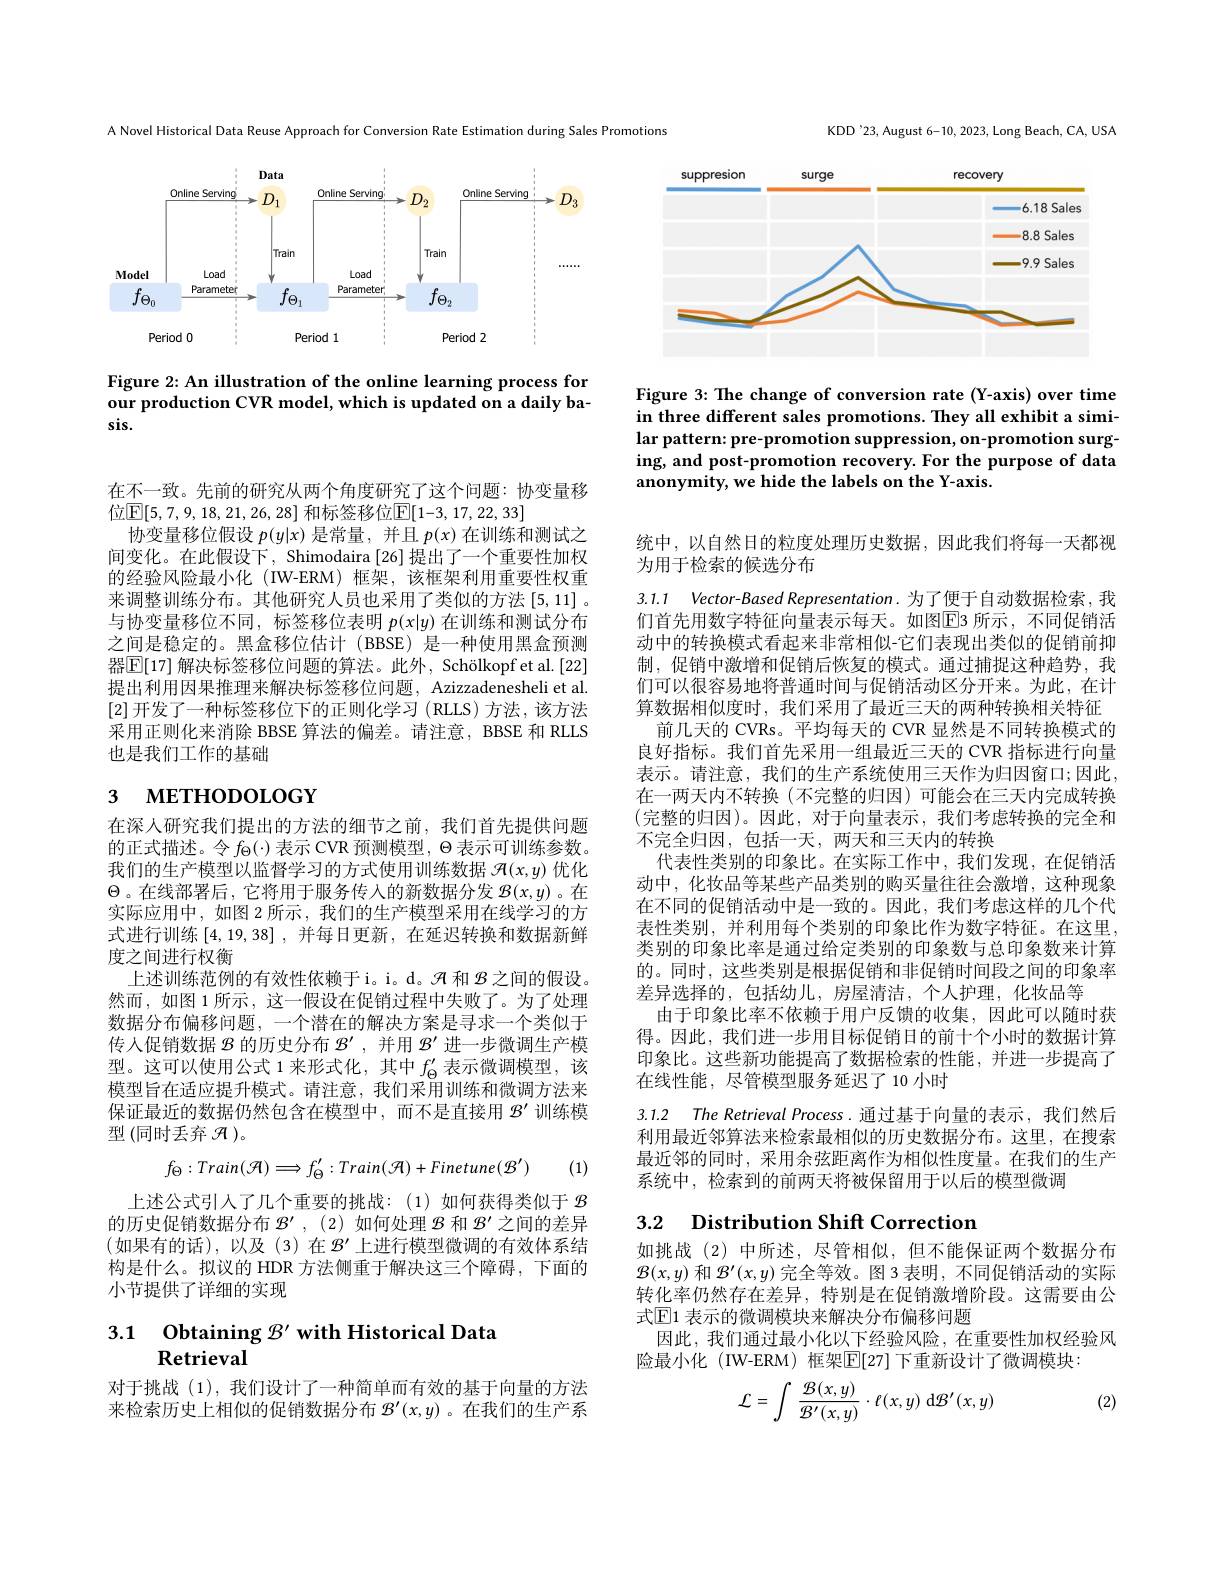
A Novel Historical Data Reuse Approach for Conversion Rate Estimation during Sales Promotions

<FigureHere>

Figure 2: An illustration of the online learning process for our production CVR model, which is updated on a daily basis.

在不一致。先前的研究从两个角度研究了这个问题：协变量移
位$\boxed{\mathbb{F}}[5,7,9,18,21,26,28]$ 和标签移位$\boxed{\mathbb{E}}[1-3,17,22,33]$
协变量移位假设$p(y|x)$是常量，并且$p(x)$在训练和测试之间变化。在此假设下，Shimodaira [26]提出了一个重要性加权的经验风险最小化 (IW-ERM) 框架，该框架利用重要性权重来调整训练分布。其他研究人员也采用了类似的方法$\left[5,11\right].$ 与协变量移位不同，标签移位表明$p(x|y)$在训练和测试分布之间是稳定的。黑盒移位估计(BBSE)是一种使用黑盒预测器$\boxed{\mathbb{E}[17]\text{ 解决标签移位问题的算法。此外，Schölkopfet al.[22]}}$ 提出利用因果推理来解决标签移位问题，Azizzadenesheli et al. [2]开发了一种标签移位下的正则化学习 (RLLS)方法，该方法采用正则化来消除 BBSE 算法的偏差。请注意，BBSE 和 RLLS 也是我们工作的基础

# 3 мЕТНОроLOGY

在深人研究我们提出的方法的细节之前，我们首先提供问题的正式描述。令$f_\Theta(\cdot)$表示 CVR 预测模型，$\Theta$表示可训练参数。我们的生产模型以监督学习的方式使用训练数据$\mathcal{H}(x,y)$优化$\Theta$。在线部署后，它将用于服务传入的新数据分发$\mathcal{B}(x,y)$ 。在实际应用中，如图 2 所示，我们的生产模型采用在线学习的方式进行训练$\left[4,19,38\right]$,并每日更新，在延迟转换和数据新鲜度之间进行权衡
上述训练范例的有效性依赖于i。i。d。$\mathcal{H}$和$\mathcal{B}$之间的假设。然而，如图 1 所示，这一假设在促销过程中失败了。为了处理数据分布偏移问题，一个潜在的解决方案是寻求一个类似于传人促销数据$\mathcal{B}$的历史分布$\mathcal{B}^\prime$,并用$\mathcal{B}^{\prime}$进一步微调生产模型。这可以使用公式 1 来形式化，其中$f_\Theta^{\prime}$表示微调模型，该模型旨在适应提升模式。请注意，我们采用训练和微调方法来保证最近的数据仍然包含在模型中，而不是直接用$\mathcal{B}^\prime$训练模型 (同时丢弃$\mathcal{H})$。
$$f_{\Theta}:Train(\mathcal{A})\Longrightarrow f_{\Theta}':Train(\mathcal{A})+Finetune(\mathcal{B}')$$
(1)

上述公式引人了几个重要的挑战：(1)如何获得类似于$\mathcal{B}$ 的历史促销数据分布$\mathcal{B}^{\prime},(2)$如何处理$\mathcal{B}$和$\mathcal{B}^{\prime}$之间的差异(如果有的话),以及(3)在$\mathcal{B}^\prime$上进行模型微调的有效体系结构是什么。拟议的 HDR 方法侧重于解决这三个障碍，下面的小节提供了详细的实现

# $\begin{array}{cc}3.1&\textbf{Obtaining B' with Historical Data}\\&\text{Retrieval}\end{array}$

对于挑战(1),我们设计了一种简单而有效的基于向量的方法来检索历史上相似的促销数据分布$\mathcal{B}^\prime(x,y)$ 。在我们的生产系

KDD'23, August 6-10, 2023, Long Beach, CA, USA

<FigureHere>

Figure 3: The change of conversion rate (Y-axis) over time in three different sales promotions. They all exhibit a similar pattern: pre- promotion suppression, on- promotion surging, and post-promotion recovery. For the purpose of data anonymity, we hide the labels on the Y-axis.

统中，以自然日的粒度处理历史数据，因此我们将每一天都视
为用于检索的候选分布

3.1.1 Vector-Based Representation.为了便于自动数据检索，我们首先用数字特征向量表示每天。如图$\boxed{\mathrm{E}}$3 所示，不同促销活动中的转换模式看起来非常相似-它们表现出类似的促销前抑制，促销中激增和促销后恢复的模式。通过捕捉这种趋势，我们可以很容易地将普通时间与促销活动区分开来。为此，在计算数据相似度时，我们采用了最近三天的两种转换相关特征
前几天的 CVRs。平均每天的 CVR 显然是不同转换模式的良好指标。我们首先采用一组最近三天的 CVR 指标进行向量表示。请注意，我们的生产系统使用三天作为归因窗口；因此在一两天内不转换(不完整的归因)可能会在三天内完成转换(完整的归因)。因此，对于向量表示，我们考虑转换的完全和不完全归因，包括一天，两天和三天内的转换
代表性类别的印象比。在实际工作中，我们发现，在促销活动中，化妆品等某些产品类别的购买量往往会激增，这种现象在不同的促销活动中是一致的。因此，我们考虑这样的几个代表性类别，并利用每个类别的印象比作为数字特征。在这里类别的印象比率是通过给定类别的印象数与总印象数来计算的。同时，这些类别是根据促销和非促销时间段之间的印象率差异选择的，包括幼儿，房屋清洁，个人护理，化妆品等
由于印象比率不依赖于用户反馈的收集，因此可以随时获得。因此，我们进一步用目标促销日的前十个小时的数据计算印象比。这些新功能提高了数据检索的性能，并进一步提高了在线性能，尽管模型服务延迟了10 小时

3.1.2 The Retrieval Process. 通过基于向量的表示，我们然后

利用最近邻算法来检索最相似的历史数据分布。这里，在搜索最近邻的同时，采用余弦距离作为相似性度量。在我们的生产系统中，检索到的前两天将被保留用于以后的模型微调

## 3.2 Distribution Shift Correction

如挑战(2)中所述，尽管相似，但不能保证两个数据分布$\mathcal{B}(x,y)$和$\mathcal{B}^\prime(x,y)$完全等效。图 3 表明，不同促销活动的实际转化率仍然存在差异，特别是在促销激增阶段。这需要由公式$\overline{\mathbb{E}}$1 表示的微调模块来解决分布偏移问题
因此，我们通过最小化以下经验风险，在重要性加权经验风
险最小化 (IW-ERM) 框架$\overline{\mathbb{E}}[27]$ 下重新设计了微调模块：

(2)
$$\mathcal{L}=\int\:\frac{\mathcal{B}(x,y)}{\mathcal{B}^{\prime}(x,y)}\cdot\ell(x,y)\:\mathrm{d}\mathcal{B}^{\prime}(x,y)$$